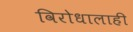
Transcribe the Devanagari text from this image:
विरोधालाही